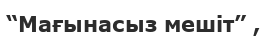
“Мағынасыз мешіт” ,